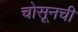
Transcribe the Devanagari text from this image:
चोसूनची